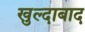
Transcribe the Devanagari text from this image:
खुल्‍दाबाद